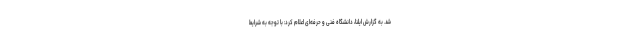
شد. به گزارش ایلنا، دانشگاه فنی و حرفه‌ای اعلام کرد: با توجه به شرایط